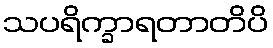
သပရိက္ခာရတာတိပိ